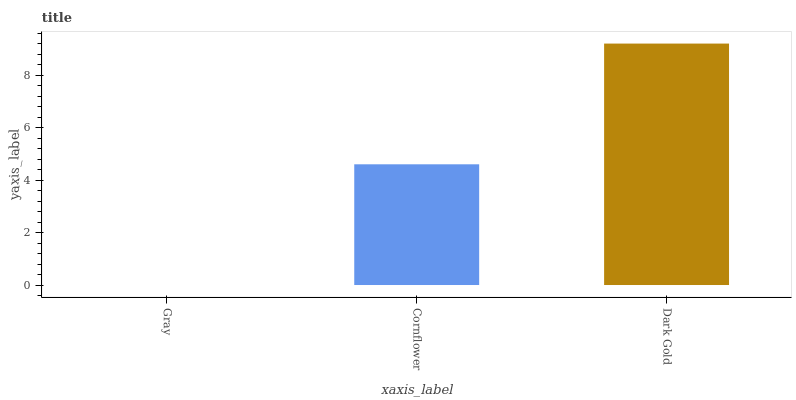
| xaxis_label | bars |
 | --- | --- |
 | Gray | 0 |
 | Cornflower | 4.6 |
 | Dark Gold | 9.2 |